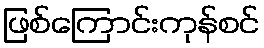
ဖြစ်ကြောင်းကုန်စင်